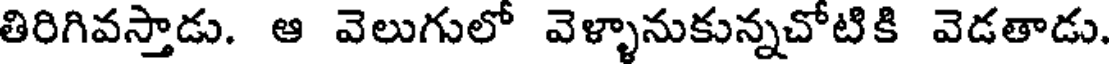
తిరిగివస్తాడు. ఆ వెలుగులో వెళ్ళానుకున్నచోటికి వెడతాడు.